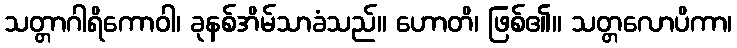
သတ္တာဂါရိကောဝါ၊ ခုနစ်အိမ်သာခံသည်။ ဟောတိ၊ ဖြစ်၏။ သတ္တလောပိကာ၊